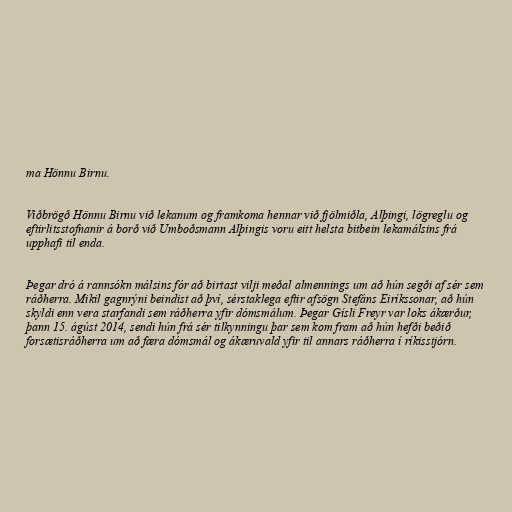
ma Hönnu Birnu.

Viðbrögð Hönnu Birnu við lekanum og framkoma hennar við fjölmiðla, Alþingi, lögreglu og
eftirlitsstofnanir á borð við Umboðsmann Alþingis voru eitt helsta bitbein lekamálsins frá
upphafi til enda.

Þegar dró á rannsókn málsins fór að birtast vilji meðal almennings um að hún segði af sér sem
ráðherra. Mikil gagnrýni beindist að því, sérstaklega eftir afsögn Stefáns Eiríkssonar, að hún
skyldi enn vera starfandi sem ráðherra yfir dómsmálum. Þegar Gísli Freyr var loks ákærður,
þann 15. ágúst 2014, sendi hún frá sér tilkynningu þar sem kom fram að hún hefði beðið
forsætisráðherra um að færa dómsmál og ákæruvald yfir til annars ráðherra í ríkisstjórn.